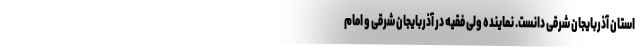
استان آذربایجان شرقی دانست. نماینده ولی فقیه در آذربایجان شرقی و امام